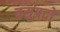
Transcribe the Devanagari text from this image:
वसुप्रदो